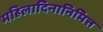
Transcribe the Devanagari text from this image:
महिलादिनानिमित्त